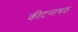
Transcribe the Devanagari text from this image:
कीटनाषक